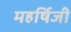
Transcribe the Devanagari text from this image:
महर्षिजी